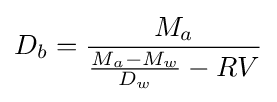
D_{b}={\frac {M_{a}}{{\frac {M_{a}-M_{w}}{D_{w}}}-RV}}